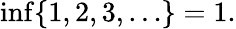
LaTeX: \operatorname*{inf}\{ 1,2,3,\ldots\} =1.